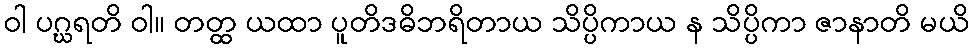
ဝါ ပဂ္ဃရတိ ဝါ။ တတ္ထ ယထာ ပူတိဒဓိဘရိတာယ သိပ္ပိကာယ န သိပ္ပိကာ ဇာနာတိ မယိ